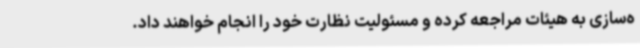
ه‌سازی به هیئات مراجعه کرده و مسئولیت نظارت خود را انجام خواهند داد.